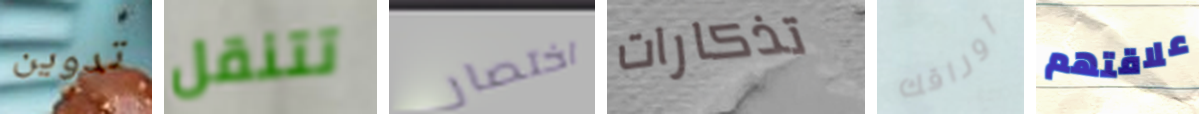
تدوين تتنقل اختصار تذكارات أوراقك علاقتهم